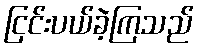
ငြင်းပယ်ခဲ့ကြသည်